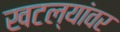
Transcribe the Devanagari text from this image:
खटल्यांवर